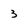
Character: 3